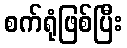
စက်ရုံဖြစ်ပြီး